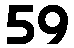
59